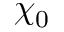
\chi _ { 0 }